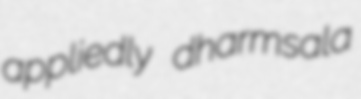
appliedly dharmsala